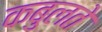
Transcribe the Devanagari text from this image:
कबुलते